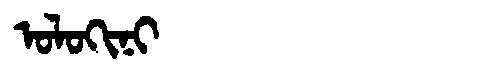
Manchu: ᠣᠯᠣᡴᡳᠨᡳ
Romanization: OLOKINI